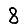
Digit: 8